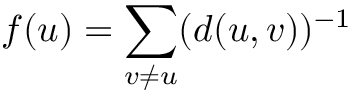
f ( u ) = \sum _ { v \ne u } ( d ( u , v ) ) ^ { - 1 }